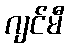
ဂျင်မီ